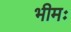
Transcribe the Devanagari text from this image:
भीमः